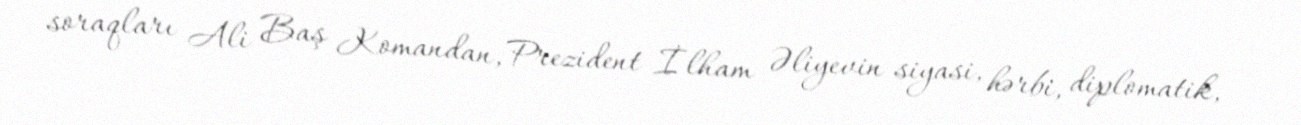
soraqları Ali Baş Komandan, Prezident İlham Əliyevin siyasi, hərbi, diplomatik,